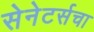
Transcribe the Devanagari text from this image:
सेनेटर्सचा